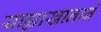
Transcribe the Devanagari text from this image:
याह्याखानाने